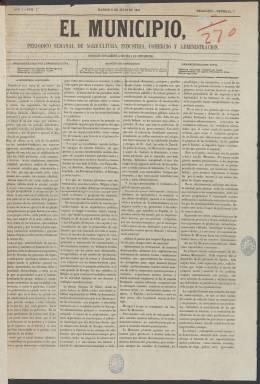
Título: El Municipio (Madrid)
Colección: Periódicos
Ámbito geográfico: Madrid
Lugar de publicación: Madrid
Fechas: 02/07/1861-27/02/1862